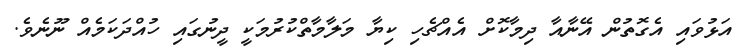
އަޅުވައި އެގޮތުން އޭނާއާ ދިމާކޮށް އެއްޗެހި ކިޔާ މަލާމާތްކުރުމަކީ ދީނުގައި ހުއްދަކަމެއް ނޫނެވެ.